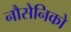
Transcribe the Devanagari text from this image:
नौसेनिको